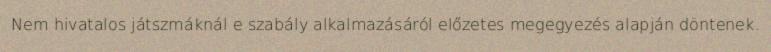
Nem hivatalos játszmáknál e szabály alkalmazásáról előzetes megegyezés alapján döntenek.